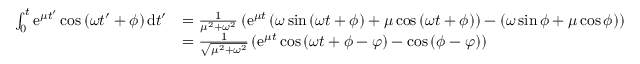
\begin{array} { r l } { \int _ { 0 } ^ { t } \mathrm { e } ^ { \mu t ^ { \prime } } \cos \left( \omega t ^ { \prime } + \phi \right) \mathrm { d } t ^ { \prime } } & { = \frac { 1 } { \mu ^ { 2 } + \omega ^ { 2 } } \left( \mathrm { e } ^ { \mu t } \left( \omega \sin \left( \omega t + \phi \right) + \mu \cos \left( \omega t + \phi \right) \right) - \left( \omega \sin \phi + \mu \cos \phi \right) \right) } \\ & { = \frac { 1 } { \sqrt { \mu ^ { 2 } + \omega ^ { 2 } } } \left( \mathrm { e } ^ { \mu t } \cos \left( \omega t + \phi - \varphi \right) - \cos \left( \phi - \varphi \right) \right) } \end{array}